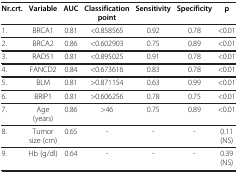
<table><thead><tr><td><b>Nr.crt.</b></td><td><b>Variable</b></td><td><b>AUC</b></td><td><b>Classification point</b></td><td><b>Sensitivity</b></td><td><b>Specificity</b></td><td><b>p</b></td></tr></thead><tbody><tr><td>1.</td><td>BRCA1</td><td>0.81</td><td>&lt;0.858565</td><td>0.92</td><td>0.78</td><td>&lt;0.01</td></tr><tr><td>2.</td><td>BRCA2</td><td>0.86</td><td>&lt;0.602903</td><td>0.75</td><td>0.89</td><td>&lt;0.01</td></tr><tr><td>3.</td><td>RAD51</td><td>0.81</td><td>&lt;0.895025</td><td>0.91</td><td>0.78</td><td>&lt;0.01</td></tr><tr><td>4.</td><td>FANCD2</td><td>0.84</td><td>&lt;0.673616</td><td>0.83</td><td>0.78</td><td>&lt;0.01</td></tr><tr><td>5.</td><td>BLM</td><td>0.81</td><td>&gt;0.871154</td><td>0.63</td><td>0.99</td><td>&lt;0.01</td></tr><tr><td>6.</td><td>BRIP1</td><td>0.81</td><td>&gt;0.606256</td><td>0.78</td><td>0.75</td><td>&lt;0.01</td></tr><tr><td>7.</td><td>Age (years)</td><td>0.86</td><td>&gt;46</td><td>0.75</td><td>0.89</td><td>&lt;0.01</td></tr><tr><td>8.</td><td>Tumor size (cm)</td><td>0.65</td><td>-</td><td>-</td><td>-</td><td>0.11 (NS)</td></tr><tr><td>9.</td><td>Hb (g/dl)</td><td>0.64</td><td>-</td><td>-</td><td>-</td><td>0.39 (NS)</td></tr></tbody></table>